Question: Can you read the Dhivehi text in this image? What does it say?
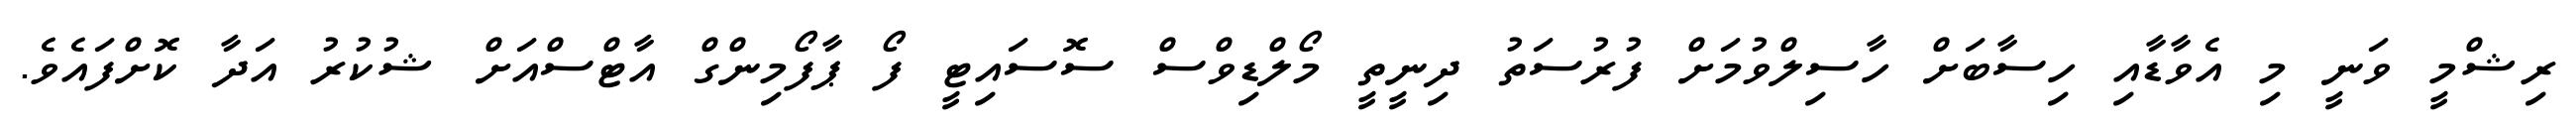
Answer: ރިޝްމީ ވަނީ މި އެވާޑާއި ހިސާބަށް ހާސިލްވުމަށް ފުރުސަތު ދިނީތީ މޯލްޑިވްސް ސޮސައިޓީ ފޯ ޕާފޯމިންގް އާޓްސްއަށް ޝުކުރު އަދާ ކޮށްފައެވެ.